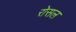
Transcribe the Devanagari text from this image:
रोसल